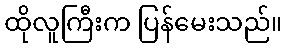
ထိုလူကြီးက ပြန်မေးသည်။